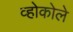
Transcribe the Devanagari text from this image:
व्होकोले